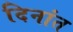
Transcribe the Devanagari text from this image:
दिनांत